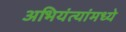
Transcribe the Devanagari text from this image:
अभियंत्यांमध्ये